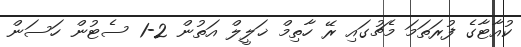
ކުއާޓާގެ ފުރަތަމަ މެޗުގައި ރޭ ހާތިމް ޚަލީލް އަތުން 2-1 ސެޓުން ހަސަން